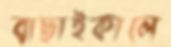
বাছাইকালে